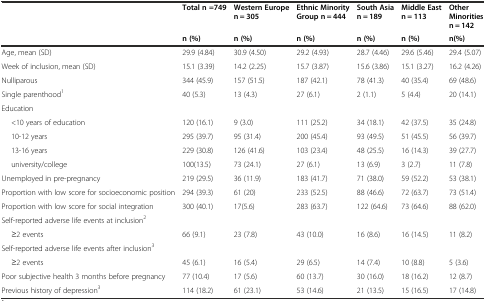
<table><thead><tr><td></td><td><b>Total n =749</b></td><td><b>Western Europe n = 305</b></td><td><b>Ethnic Minority Group n = 444</b></td><td><b>South Asia n = 189</b></td><td><b>Middle East n = 113</b></td><td><b>Other Minorities n = 142</b></td></tr><tr><td></td><td><b>n (%)</b></td><td><b>n (%)</b></td><td><b>n (%)</b></td><td><b>n (%)</b></td><td><b>n (%)</b></td><td><b>n(%)</b></td></tr></thead><tbody><tr><td>Age, mean (SD)</td><td>29.9 (4.84)</td><td>30.9 (4.50)</td><td>29.2 (4.93)</td><td>28.7 (4.46)</td><td>29.6 (5.46)</td><td>29.4 (5.07)</td></tr><tr><td>Week of inclusion, mean (SD)</td><td>15.1 (3.39)</td><td>14.2 (2.25)</td><td>15.7 (3.87)</td><td>15.6 (3.86)</td><td>15.1 (3.27)</td><td>16.2 (4.26)</td></tr><tr><td>Nulliparous</td><td>344 (45.9)</td><td>157 (51.5)</td><td>187 (42.1)</td><td>78 (41.3)</td><td>40 (35.4)</td><td>69 (48.6)</td></tr><tr><td>Single parenthood<sup>1</sup></td><td>40 (5.3)</td><td>13 (4.3)</td><td>27 (6.1)</td><td>2 (1.1)</td><td>5 (4.4)</td><td>20 (14.1)</td></tr><tr><td colspan="7">Education</td></tr><tr><td>&lt;10 years of education</td><td>120 (16.1)</td><td>9 (3.0)</td><td>111 (25.2)</td><td>34 (18.1)</td><td>42 (37.5)</td><td>35 (24.8)</td></tr><tr><td>10-12 years</td><td>295 (39.7)</td><td>95 (31.4)</td><td>200 (45.4)</td><td>93 (49.5)</td><td>51 (45.5)</td><td>56 (39.7)</td></tr><tr><td>13-16 years</td><td>229 (30.8)</td><td>126 (41.6)</td><td>103 (23.4)</td><td>48 (25.5)</td><td>16 (14.3)</td><td>39 (27.7)</td></tr><tr><td>university/college</td><td>100(13.5)</td><td>73 (24.1)</td><td>27 (6.1)</td><td>13 (6.9)</td><td>3 (2.7)</td><td>11 (7.8)</td></tr><tr><td>Unemployed in pre-pregnancy</td><td>219 (29.5)</td><td>36 (11.9)</td><td>183 (41.7)</td><td>71 (38.0)</td><td>59 (52.2)</td><td>53 (38.1)</td></tr><tr><td>Proportion with low score for socioeconomic position</td><td>294 (39.3)</td><td>61 (20)</td><td>233 (52.5)</td><td>88 (46.6)</td><td>72 (63.7)</td><td>73 (51.4)</td></tr><tr><td>Proportion with low score for social integration</td><td>300 (40.1)</td><td>17(5.6)</td><td>283 (63.7)</td><td>122 (64.6)</td><td>73 (64.6)</td><td>88 (62.0)</td></tr><tr><td colspan="7">Self-reported adverse life events at inclusion<sup>2</sup></td></tr><tr><td>≥2 events</td><td>66 (9.1)</td><td>23 (7.8)</td><td>43 (10.0)</td><td>16 (8.6)</td><td>16 (14.5)</td><td>11 (8.2)</td></tr><tr><td colspan="7">Self-reported adverse life events after inclusion<sup>3</sup></td></tr><tr><td>≥2 events</td><td>45 (6.1)</td><td>16 (5.4)</td><td>29 (6.5)</td><td>14 (7.4)</td><td>10 (8.8)</td><td>5 (3.6)</td></tr><tr><td>Poor subjective health 3 months before pregnancy</td><td>77 (10.4)</td><td>17 (5.6)</td><td>60 (13.7)</td><td>30 (16.0)</td><td>18 (16.2)</td><td>12 (8.7)</td></tr><tr><td>Previous history of depression<sup>3</sup></td><td>114 (18.2)</td><td>61 (23.1)</td><td>53 (14.6)</td><td>21 (13.5)</td><td>15 (16.5)</td><td>17 (14.8)</td></tr></tbody></table>